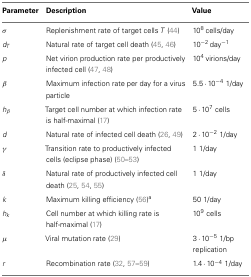
<table><thead><tr><td><b>Parameter</b></td><td><b>Description</b></td><td><b>Value</b></td></tr></thead><tbody><tr><td>σ</td><td>Replenishment rate of target cells <i>T</i> (44)</td><td>10<sup>8</sup> cells/day</td></tr><tr><td><i>d<sub>T</sub></i></td><td>Natural rate of target cell death (45, 46)</td><td>10<sup>−2</sup> day<sup>−1</sup></td></tr><tr><td><i>p</i></td><td>Net virion production rate per productively infected cell (47, 48)</td><td>10<sup>4</sup> virions/day</td></tr><tr><td>β</td><td>Maximum infection rate per day for a virus particle</td><td>5.5 ⋅ 10<sup>−4</sup> 1/day</td></tr><tr><td><i>h</i><sub>β</sub></td><td>Target cell number at which infection rate is half-maximal (17)</td><td>5 ⋅ 10<sup>7</sup> cells</td></tr><tr><td><i>d</i></td><td>Natural rate of infected cell death (26, 49)</td><td>2 ⋅ 10<sup>−2</sup> 1/day</td></tr><tr><td>γ</td><td>Transition rate to productively infected cells (eclipse phase) (50–53)</td><td>1 1/day</td></tr><tr><td>δ</td><td>Natural rate of productively infected cell death (25, 54, 55)</td><td>1 1/day</td></tr><tr><td><i>k</i></td><td>Maximum killing efficiency (56)<sup>a</sup></td><td>50 1/day</td></tr><tr><td><i>h<sub>k</sub></i></td><td>Cell number at which killing rate is half-maximal (17)</td><td>10<sup>9</sup> cells</td></tr><tr><td>μ</td><td>Viral mutation rate (29)</td><td>3 ⋅ 10<sup>−5</sup> 1/bp replication</td></tr><tr><td><i>r</i></td><td>Recombination rate (32, 57–59)</td><td>1.4 ⋅ 10<sup>−4</sup> 1/day</td></tr></tbody></table>